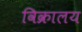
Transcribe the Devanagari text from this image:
विक्रालय